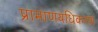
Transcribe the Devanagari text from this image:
प्रामाणयधिकरण